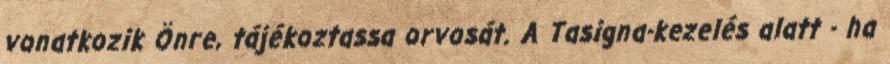
vonatkozik Önre, tájékoztassa orvosát. A Tasigna-kezelés alatt - ha